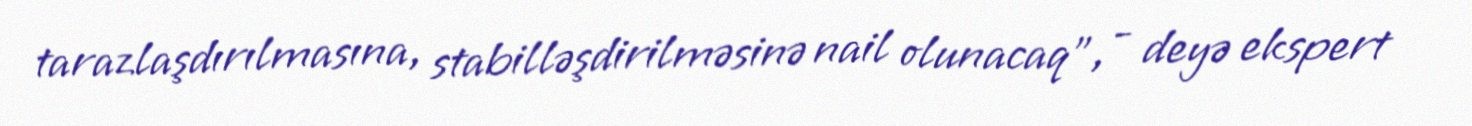
tarazlaşdırılmasına, stabilləşdirilməsinə nail olunacaq", - deyə ekspert